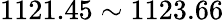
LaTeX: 1121.45\sim 1123.66